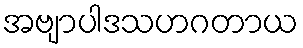
အဗျာပါဒသဟဂတာယ